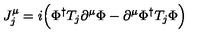
J _ { j } ^ { \mu } = i \Big ( \Phi ^ { \dagger } T _ { j } \partial ^ { \mu } \Phi - \partial ^ { \mu } \Phi ^ { \dagger } T _ { j } \Phi \Big )